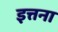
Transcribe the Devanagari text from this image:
इत्तना